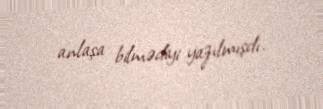
anlaşa bilmədiyi yazılmışdı.